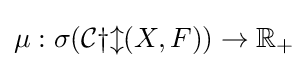
\mu :\sigma ({\mathcal {Cyl}}(X,F))\to \mathbb {R} _{+}